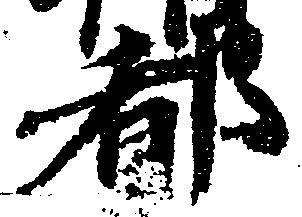
都